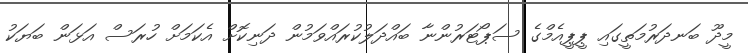
މީދޫ ބަނދަރުމަތީގައި ޕީޕީއެމްގެ ސަޕޯޓަރުންނާ ބައްދަލުކުރައްވަމުން ދަނިކޮށް އެކަމަށް ހުރަސް އަޅަން ބަޔަކު